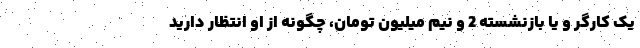
یک کارگر و یا بازنشسته 2 و نیم میلیون تومان، چگونه از او انتظار دارید